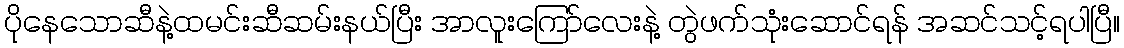
ပိုနေသောဆီနဲ့ထမင်းဆီဆမ်းနယ်ပြီး အာလူးကြော်လေးနဲ့ တွဲဖက်သုံးဆောင်ရန် အဆင်သင့်ရပါပြီ။